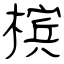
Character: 槟